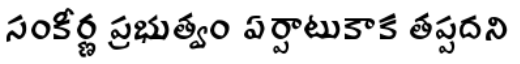
సంకీర్ణ ప్రభుత్వం ఏర్పాటుకాక తప్పదని